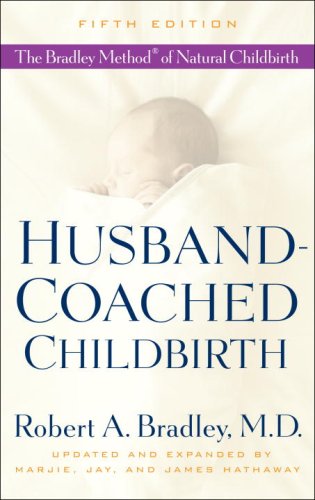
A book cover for Husband-Coached Childbirth (Fifth Edition): The Bradley Method of Natural Childbirth; Robert A. Bradley; Parenting & Relationships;